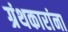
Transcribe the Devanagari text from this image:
ग्रंथकारांना